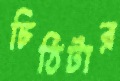
চিঠিটার